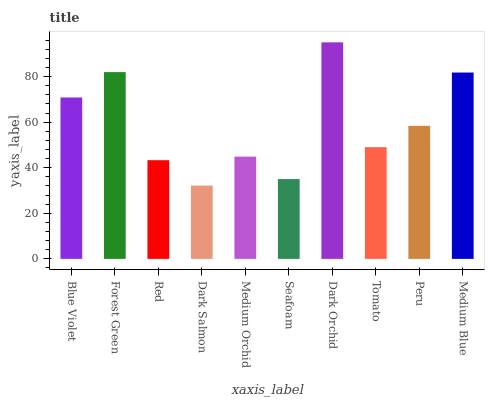
| xaxis_label | bars |
 | --- | --- |
 | Blue Violet | 70.8 |
 | Forest Green | 82 |
 | Red | 43.3 |
 | Dark Salmon | 32.1 |
 | Medium Orchid | 44.9 |
 | Seafoam | 35 |
 | Dark Orchid | 95 |
 | Tomato | 49 |
 | Peru | 58.4 |
 | Medium Blue | 81.8 |